Vaccination United Provinces of Agra and Oudh 1923-1928 - 1923-1928
Year: 1923
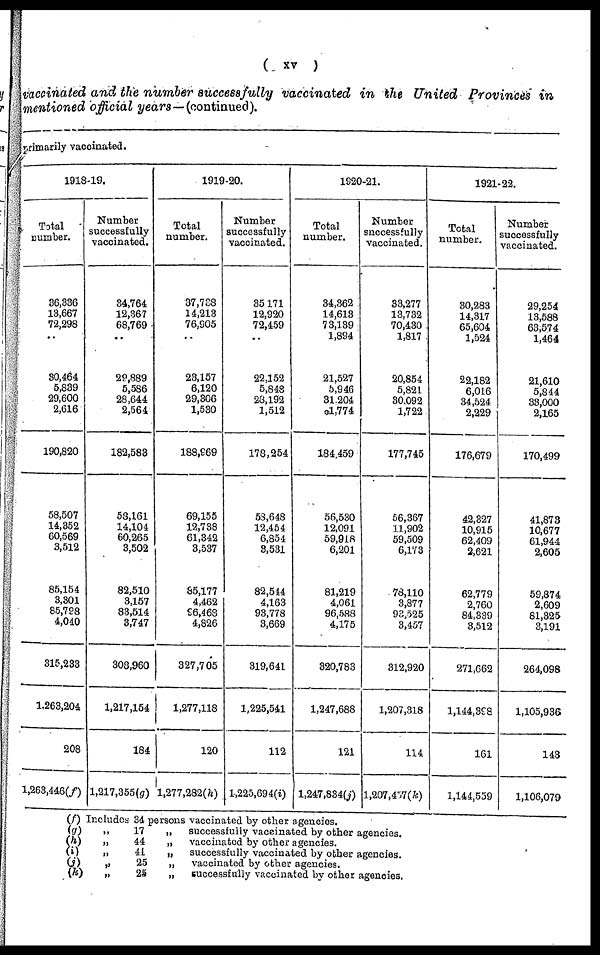
( xv )
vaccinated and the number successfully vaccinated in the United Provinces in
mentioned official years—(continued).
primarily vaccinated.
1918-19.
Total
number.
36,336
13,667
72,298
..
30,464
5,839
29,600
2,616
190,820
58,507
14,352
60,569
3,512
85,154
3,301
85,798
4,040
315,233
1,263,204
208
1,263,446(f)
Number
successfully
vaccinated.
34,764
12,367
68,769
..
29,889
5,586
28,644
2,564
182,583
53,161
14,104
60,265
3,502
82,510
3,157
83,514
3,747
308,960
1,217,154
184
1,217,355(g)
1919-20.
Total
number.
37,738
14,213
76,905
..
23,157
6,120
29,306
1,530
188,969
69,155
12,738
61,342
3,537
85,177
4,462
96,468
4,826
327,705
1,277,118
120
1,277,282(h)
Number
successfully
vaccinated.
35,171
12,920
72,459
..
22,152
5,848
28,192
1,512
178,254
58,648
12,454
6,854
3,531
82,544
4,163
93,778
3,669
319,641
1,225,541
112
1,225,694(i)
1920-21.
Total
number.
34,362
14,613
73,139
1,894
21,527
5,946
31,204
1,774
184,459
56,530
12,091
59,918
6,201
81,219
4,061
96,588
4,175
320,783
1,247,688
121
1,247,834(j)
Number
successfully
vaccinated.
33,277
13,732
70,430
1,817
20,854
5,821
30,092
1,722
177,745
56,367
11,902
59,509
6,173
78,110
3,877
93,525
3,457
312,920
1,207,318
114
1,207,457(k)
1921-22.
Total
number.
30,283
14,317
65,604
1,524
22,182
6,016
34,524
2,229
176,679
42,327
10,915
62,409
2,621
62,779
2,760
84,339
3,512
271,662
1,144,398
161
1,144,559
Number
successfully
vaccinated.
29,254
13,588
63,574
1,464
21,610
5,844
33,000
2,165
170,499
41,873
10,677
61,944
2,605
59,874
2,609
81,325
3,191
264,098
1,105,936
143
1,106,079
(f) Includes 34 persons vaccinated by other agencies.
(g)
„
17
„
successfully vaccinated by other agencies.
(h)
„
44
„
vaccinated by other agencies.
(i)
„
41
„
successfully vaccinated by other agencies.
(j)
„
25
„
vaccinated by other agencies.
(k)
„
25
„
successfully vaccinated by other agencies.